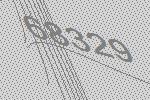
68329